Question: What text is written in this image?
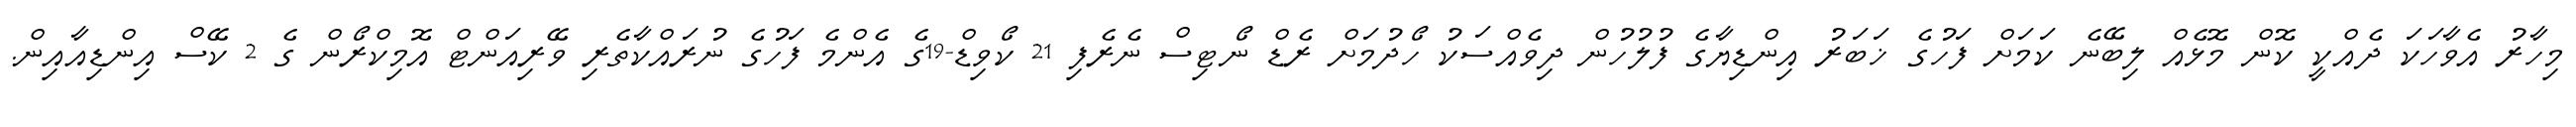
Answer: މިހާރު އެވާހަކަ ދެއްކީ ކޮން މޮޅެއް ލިބޭނެ ކަމަށް ފަހުގެ ޚަބަރު އިންޑިޔާގެ ފުލުހުން ދިވެއްސަކު ހޯދުމަށް ރެޑް ނޯޓިސް ނެރެފި 21 ކޯވިޑް-19ގެ އެންމެ ފަހުގެ ނުރައްކާތެރި ވޭރިއަންޓް އޮމިކްރޯން ގެ 2 ކޭސް އިންޑިއާއިން.